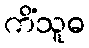
ကိံသူဓ